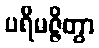
ပရိမဇ္ဇိတွာ